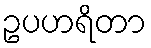
ဥပဟရိတာ